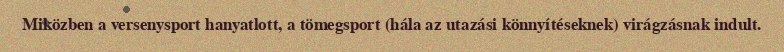
Miközben a versenysport hanyatlott, a tömegsport (hála az utazási könnyítéseknek) virágzásnak indult.